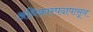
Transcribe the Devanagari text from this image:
अधिकारपदापासून